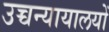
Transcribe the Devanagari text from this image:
उच्चन्यायालयों